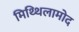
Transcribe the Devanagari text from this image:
मिथ्थिलामोद